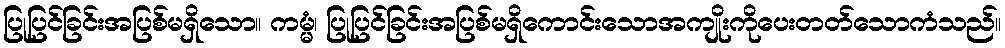
ပြုပြင်ခြင်းအပြစ်မရှိသော။ ကမ္မံ၊ ပြုပြင်ခြင်းအပြစ်မရှိကောင်းသောအကျိုးကိုပေးတတ်သောကံသည်။